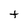
Character: t